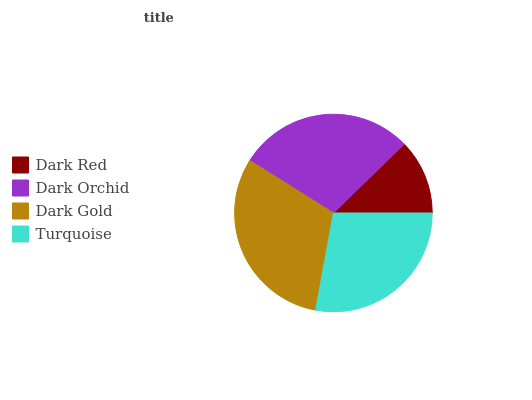
| Dark Red | Dark Orchid | Dark Gold | Turquoise |
 | --- | --- | --- | --- |
 | 12.3% | 28.8% | 31% | 27.9% |